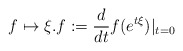
\begin{align*} f\mapsto \xi.f:=\frac{d}{dt} f(e^{t\xi}) |_{t=0}\end{align*}